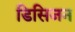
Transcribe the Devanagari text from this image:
डिसिजन